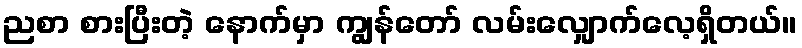
ညစာ စားပြီးတဲ့ နောက်မှာ ကျွန်တော် လမ်းလျှောက်လေ့ရှိတယ်။